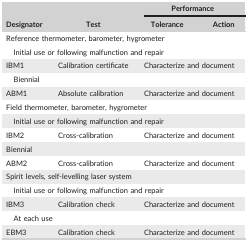
| <ROWSPAN=2> Designator | <ROWSPAN=2> Test | <COLSPAN=2> Performance |
 | Tolerance | Action |
 | --- | --- | --- | --- |
 | <COLSPAN=4> Reference thermometer, barometer, hygrometer |
 | <COLSPAN=4> Initial use or following malfunction and repair |
 | IBM1 | Calibration certificate | <COLSPAN=2> Characterize and document |
 | <COLSPAN=4> Biennial |
 | ABM1 | Absolute calibration | <COLSPAN=2> Characterize and document |
 | <COLSPAN=4> Field thermometer, barometer, hygrometer |
 | <COLSPAN=4> Initial use or following malfunction and repair |
 | IBM2 | Cross‐calibration | <COLSPAN=2> Characterize and document |
 | <COLSPAN=4> Biennial |
 | ABM2 | Cross‐calibration | <COLSPAN=2> Characterize and document |
 | <COLSPAN=4> Spirit levels, self‐levelling laser system |
 | <COLSPAN=4> Initial use or following malfunction and repair |
 | IBM3 | Calibration check | <COLSPAN=2> Characterize and document |
 | <COLSPAN=4> At each use |
 | EBM3 | Calibration check | <COLSPAN=2> Characterize and document |